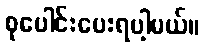
စုပေါင်းပေးရပါ့မယ်။